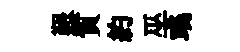
艱質約巫彧